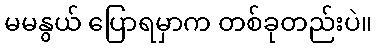
မမနွယ် ပြောရမှာက တစ်ခုတည်းပဲ။